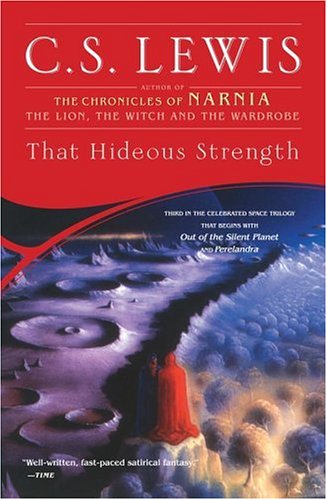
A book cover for That Hideous Strength (Space Trilogy, Book 3); C.S. Lewis; Literature & Fiction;